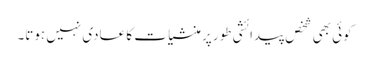
کوئی بھی شخص پیدائشی طور پر منشیا ت کا عادی نہیں ہوتا۔